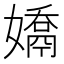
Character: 𭒤